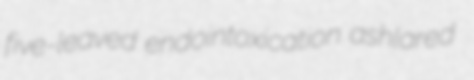
five-leaved endointoxication ashlared